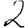
Digit: 2